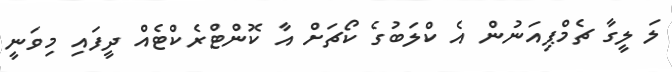
ލަ ލީގާ ޗެމްޕިއަނުން އެ ކްލަބުގެ ކޯޗަށް އާ ކޮންޓްރެކްޓެއް ދީފައި މިވަނީ